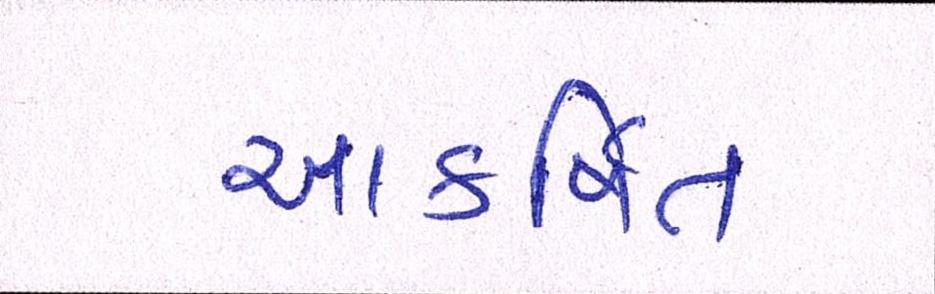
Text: આકર્ષિત